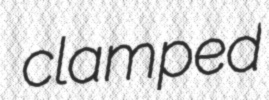
clamped